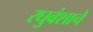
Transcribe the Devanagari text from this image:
रघुवंशाचे